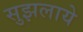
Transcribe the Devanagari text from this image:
सुझलाये